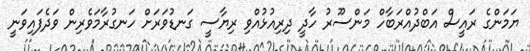
ޔަމަންގެ ރައީސް އަބްދުއްރަބާހް މަންސޫރު ހާދީ ދިރިއުޅުއްވި ރިޔާސީ ގަނޑުވަރަށް ހަނގުރާމަވެރިން ވަދެފައިވަނީ